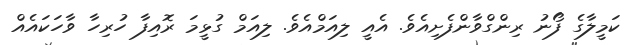
ކަމީލާގެ ފޯނު ރިންގްވާންފެށިއެވެ. އެއީ ލިއަމްއެވެ. ލިއަމް ގުޅީމަ ރޮއިފާ ހުރިހާ ވާހަކައެއް